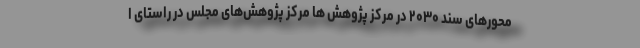
محورهای سند ۲۰۳۰ در مرکز پژوهش ها مرکز پژوهش‌های مجلس در راستای ا